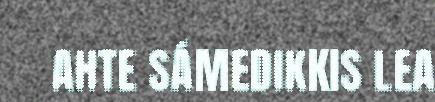
AHTE SÁMEDIKKIS LEA